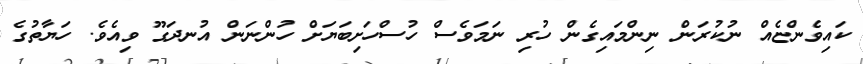
ކައިވެންޏެއް ނުކުރަން ނިންމައިގެން ހުރި ނަމަވެސް ހުސްހަށިބަޔަށް ހުންނަން އުނދަގޫ ވިއެވެ. ހަޔާތުގެ